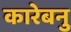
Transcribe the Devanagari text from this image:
कारेबनु